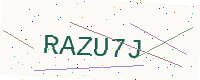
Text: RAZU7J